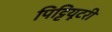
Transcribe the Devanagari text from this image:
पिट्टियूटरी